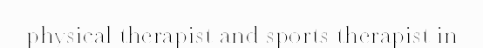
physical therapist and sports therapist in